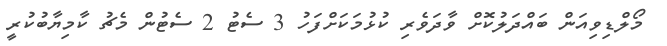
މޯލްޑިވިއަން ބައްދަލުކޮށް ވާދަވެރި ކުޅުމަކަށްފަހު 3 ސެޓު 2 ސެޓުން މެޗު ކާމިޔާބުކުރީ